Problem: 11 + 41 = ?
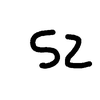
Handwritten answer: 52